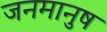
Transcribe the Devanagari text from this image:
जनमानुष